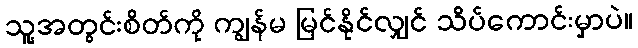
သူ့အတွင်းစိတ်ကို ကျွန်မ မြင်နိုင်လျှင် သိပ်ကောင်းမှာပဲ။